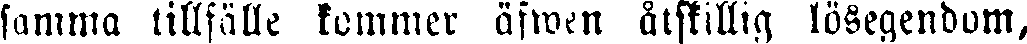
samma tillfälle kommer äfwen ätskillig lösegendom,